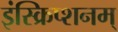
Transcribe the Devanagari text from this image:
इंस्क्रिप्शनम्